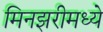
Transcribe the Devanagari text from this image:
मिनझरीमध्ये